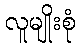
လူမျိုးစုံ